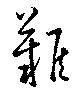
難